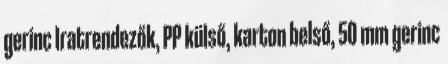
gerinc Iratrendezők, PP külső, karton belső, 50 mm gerinc